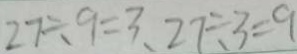
2 7 \div 9 = 3 、 2 7 \div 3 = 9